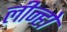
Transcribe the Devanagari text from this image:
लीन्हो